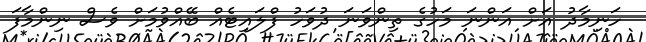
ހަނިމާދު އަށް އަންނަ މަހުގެ ތިންވަނަ ދުވަހު ފްލައިޓެއް ބޭއްވުމަށް ވެސް ނިންމާފަ